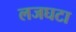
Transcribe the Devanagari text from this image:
लजघटा